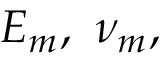
E _ { m } , ~ \nu _ { m } ,